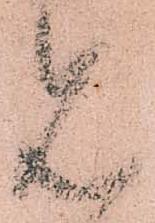
見